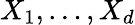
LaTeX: X_{1},\ldots,X_{d}